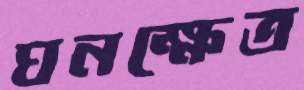
ঘনক্ষেত্র